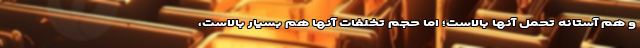
و هم آستانه تحمل آنها بالاست؛ اما حجم تخلفات آنها هم بسیار بالاست،